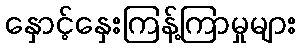
နှောင့်နှေးကြန့်ကြာမှုများ